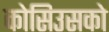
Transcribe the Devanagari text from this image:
कोसिउसको